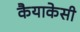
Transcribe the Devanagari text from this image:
कैयाकेसी